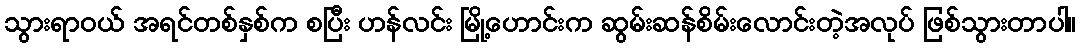
သွားရာဝယ် အရင်တစ်နှစ်က စပြီး ဟန်လင်း မြို့ဟောင်းက ဆွမ်းဆန်စိမ်းလောင်းတဲ့အလုပ် ဖြစ်သွားတာပါ။